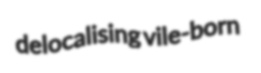
delocalising vile-born